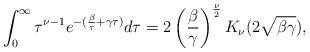
LaTeX: \begin{align*}\int_0^\infty \tau^{\nu-1} e^{-(\frac{\beta}{\tau} + \gamma \tau)} d\tau = 2 \left(\frac \beta{\gamma}\right)^{\frac \nu{2}} K_\nu(2 \sqrt{\beta \gamma}),\end{align*}